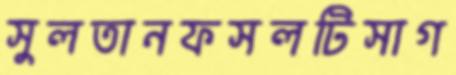
সুলতানফসলটিসাগ